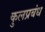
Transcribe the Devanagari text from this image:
कुलप्रबंध